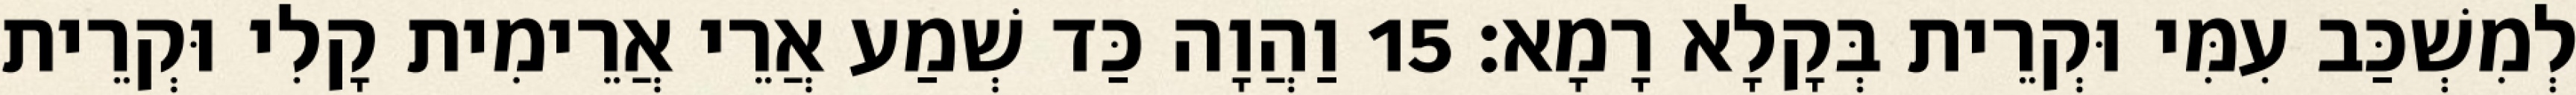
לְמִשְׁכַּב עִמִּי וּקְרֵית בְּקָלָא רָמָא׃ 15 וַהֲוָה כַּד שְׁמַע אֲרֵי אֲרֵימִית קָלִי וּקְרֵית